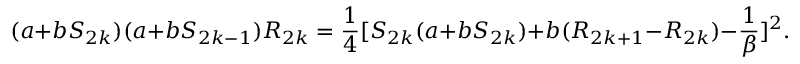
( a + b S _ { 2 k } ) ( a + b S _ { 2 k - 1 } ) R _ { 2 k } = { \frac { 1 } { 4 } } [ S _ { 2 k } ( a + b S _ { 2 k } ) + b ( R _ { 2 k + 1 } - R _ { 2 k } ) - { \frac { 1 } { \beta } } ] ^ { 2 } .